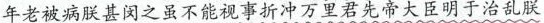
年老被病朕甚闵之虽不能视事折冲万里君先帝大臣明于治乱朕